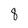
Character: 8